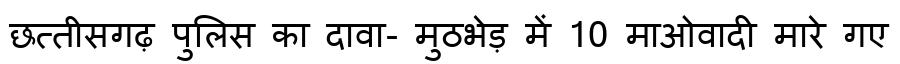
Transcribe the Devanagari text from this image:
छत्तीसगढ़ पुलिस का दावा- मुठभेड़ में 10 माओवादी मारे गए